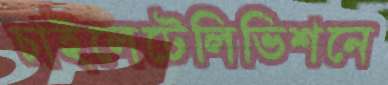
চাইলেটেলিভিশনে